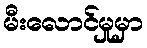
မီးလောင်မှုမှာ